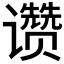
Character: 𬤮